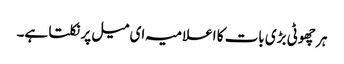
ہر چھوٹی بڑی بات کا اعلامیہ ای میل پر نکلتا ہے۔